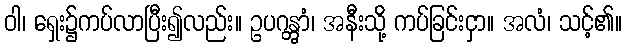
ဝါ၊ ရှေး၌ကပ်လာပြီး၍လည်း။ ဥပဂန္တွာံ၊ အနီးသို့ ကပ်ခြင်းငှာ။ အလံ၊ သင့်၏။